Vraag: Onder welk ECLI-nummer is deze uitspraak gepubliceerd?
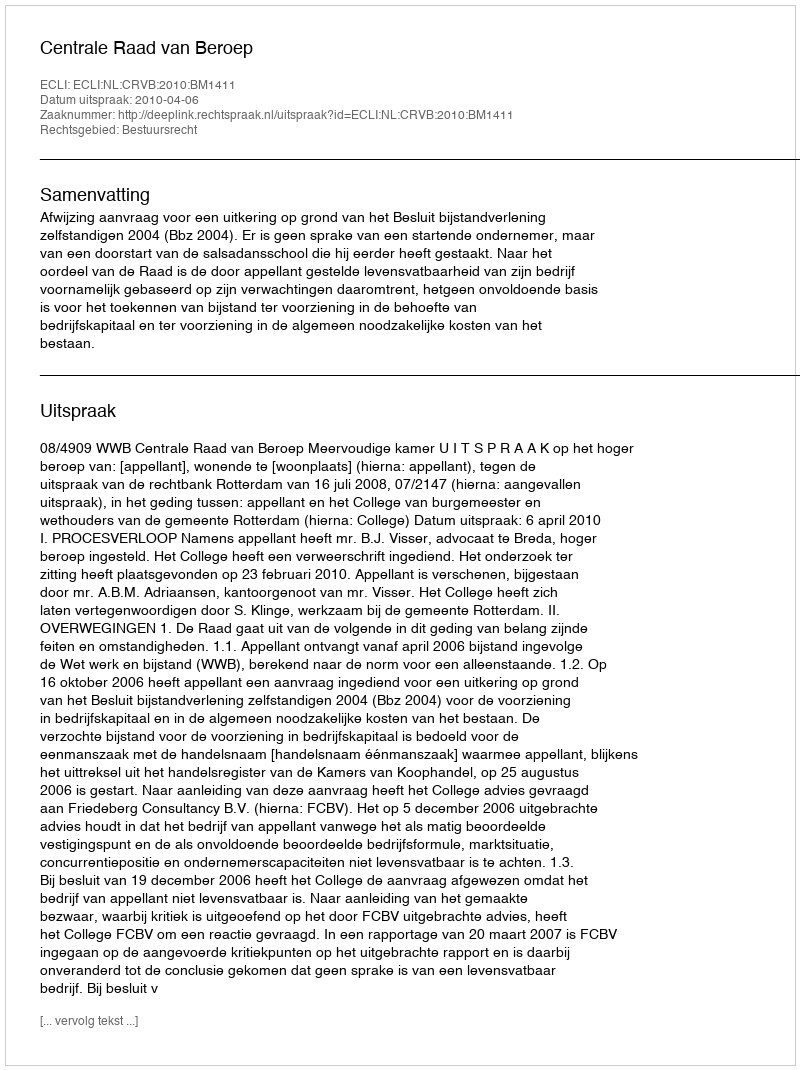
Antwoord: ECLI:NL:CRVB:2010:BM1411